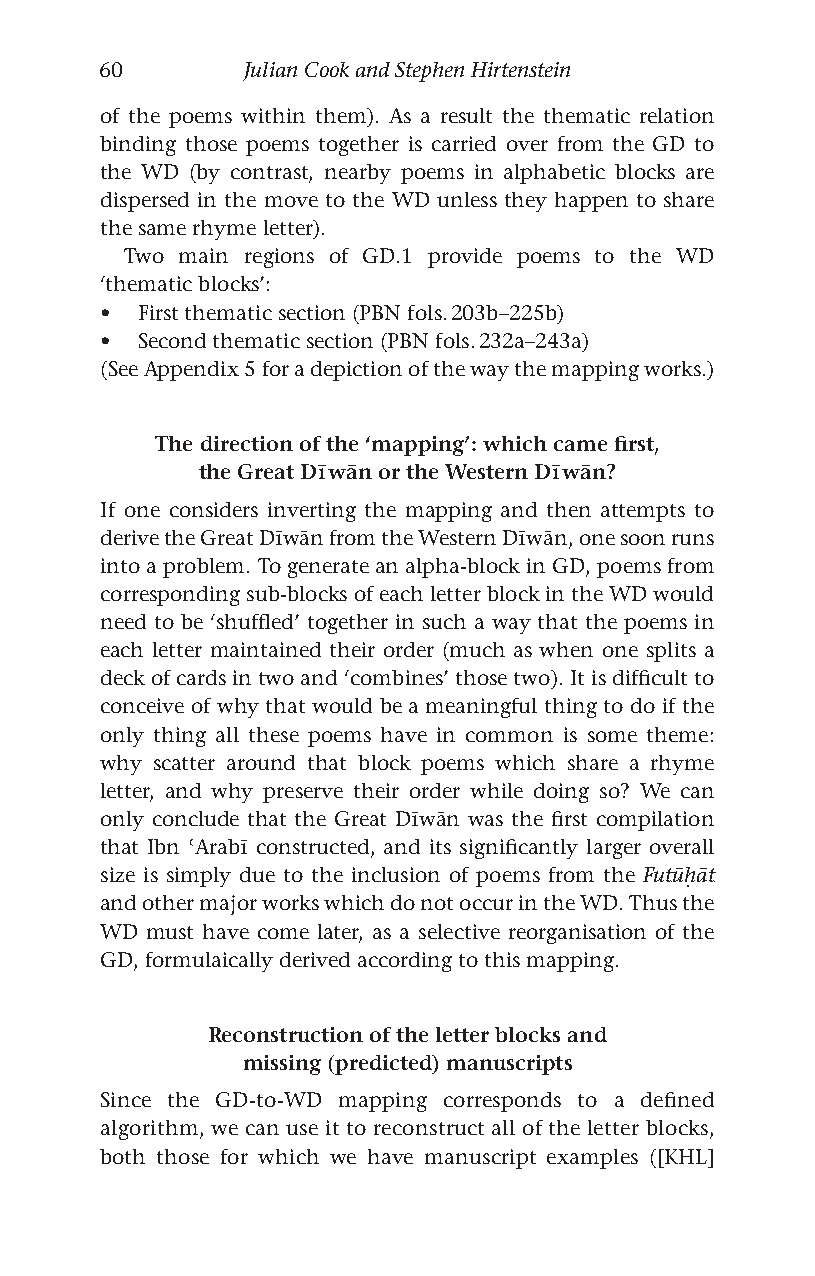
60       Julian Cook and Stephen Hirtenstein
 of the poems within them). As a result the thematic relation
 binding those poems together is carried over from the GD to
 the WD (by contrast, nearby poems in alphabetic blocks are
 dispersed in the move to the WD unless they happen to share
 the same rhyme letter).
 Two main regions of GD.1 provide poems to the WD
 ‘thematic blocks’:
 • First thematic section (PBN fols. 203b–225b)
 • Second thematic section (PBN fols. 232a–243a)
 (See Appendix 5 for a depiction of the way the mapping works.)
 The direction of the ‘mapping’: which came first,
 the Great Dīwān or the Western Dīwān?
 If one considers inverting the mapping and then attempts to
 derive the Great Dīwān from the Western Dīwān, one soon runs
 into a problem. To generate an alpha-block in GD, poems from
 corresponding sub-blocks of each letter block in the WD would
 need to be ‘shuffled’ together in such a way that the poems in
 each letter maintained their order (much as when one splits a
 deck of cards in two and ‘combines’ those two). It is difficult to
 conceive of why that would be a meaningful thing to do if the
 only thing all these poems have in common is some theme:
 why scatter around that block poems which share a rhyme
 letter, and why preserve their order while doing so? We can
 only conclude that the Great Dīwān was the first compilation
 that Ibn ʿArabī constructed, and its significantly larger overall
 size is simply due to the inclusion of poems from the Futūḥāt
 and other major works which do not occur in the WD. Thus the
 WD must have come later, as a selective reorganisation of the
 GD, formulaically derived according to this mapping.
 Reconstruction of the letter blocks and
 missing (predicted) manuscripts
 Since the GD-to-WD mapping corresponds to a defined
 algorithm, we can use it to reconstruct all of the letter blocks,
 both those for which we have manuscript examples ([KHL]